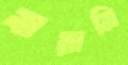
বারামি